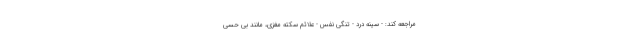
مراجعه کند: - سینه درد - تنگی نفس - علائم سکته مغزی، مانند بی حسی